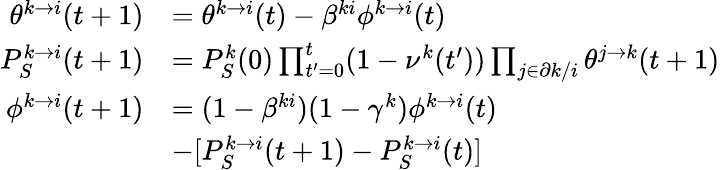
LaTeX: \begin{array}{rl}{\theta^{k\to i}(t+1)}&{=\theta^{k\to i}(t)-\beta^{ki}\phi^{k\to i}(t)}\\ {P_{S}^{k\to i}(t+1)}&{=P_{S}^{k}(0)\prod_{t^{\prime}=0}^{t}(1-\nu^{k}(t^{\prime}))\prod_{j\in\partial k/i}\theta^{j\to k}(t+1)}\\ {\phi^{k\to i}(t+1)}&{=(1-\beta^{ki})(1-\gamma^{k})\phi^{k\to i}(t)}\\ &{-[P_{S}^{k\to i}(t+1)-P_{S}^{k\to i}(t)]}\end{array}